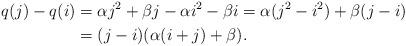
LaTeX: \begin{align*}q (j) - q (i) &= \alpha j^2 + \beta j - \alpha i^2 - \beta i = \alpha (j^2 - i^2) + \beta (j - i) \\&= (j - i)(\alpha(i + j) + \beta).\end{align*}